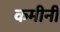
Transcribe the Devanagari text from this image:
कमीनी